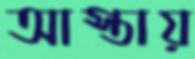
আস্তায়